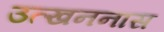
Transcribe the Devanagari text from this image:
उत्खननास